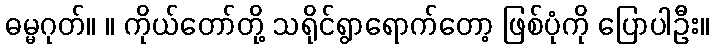
ဓမ္မဂုတ်။ ။ ကိုယ်တော်တို့ သရိုင်ရွာရောက်တော့ ဖြစ်ပုံကို ပြောပါဦး။